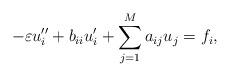
LaTeX: \begin{align*} -\varepsilon u_i'' + b_{ii}u_i' + \sum_{j=1}^M a_{ij}u_j = f_i,\end{align*}